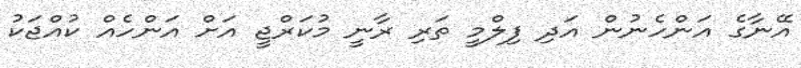
އޭނާގެ އަންހެނުން އަދި ފިލްމީ ތަރި ރާނީ މުކަރްޖީ އަށް އަންހެއް ކުއްޖަކު